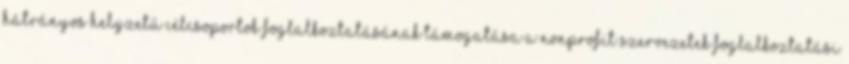
Hátrányos helyzetű célcsoportok foglalkoztatásának támogatása a nonprofit szervezetek foglalkoztatási